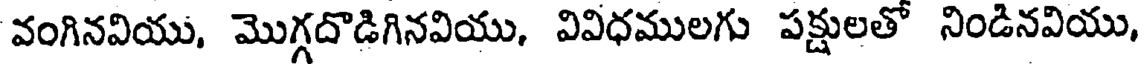
వంగినవియు, మొగ్గదొడిగినవియు, వివిధములగు పక్షులతో నిండినవియు,